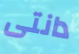
دانتى